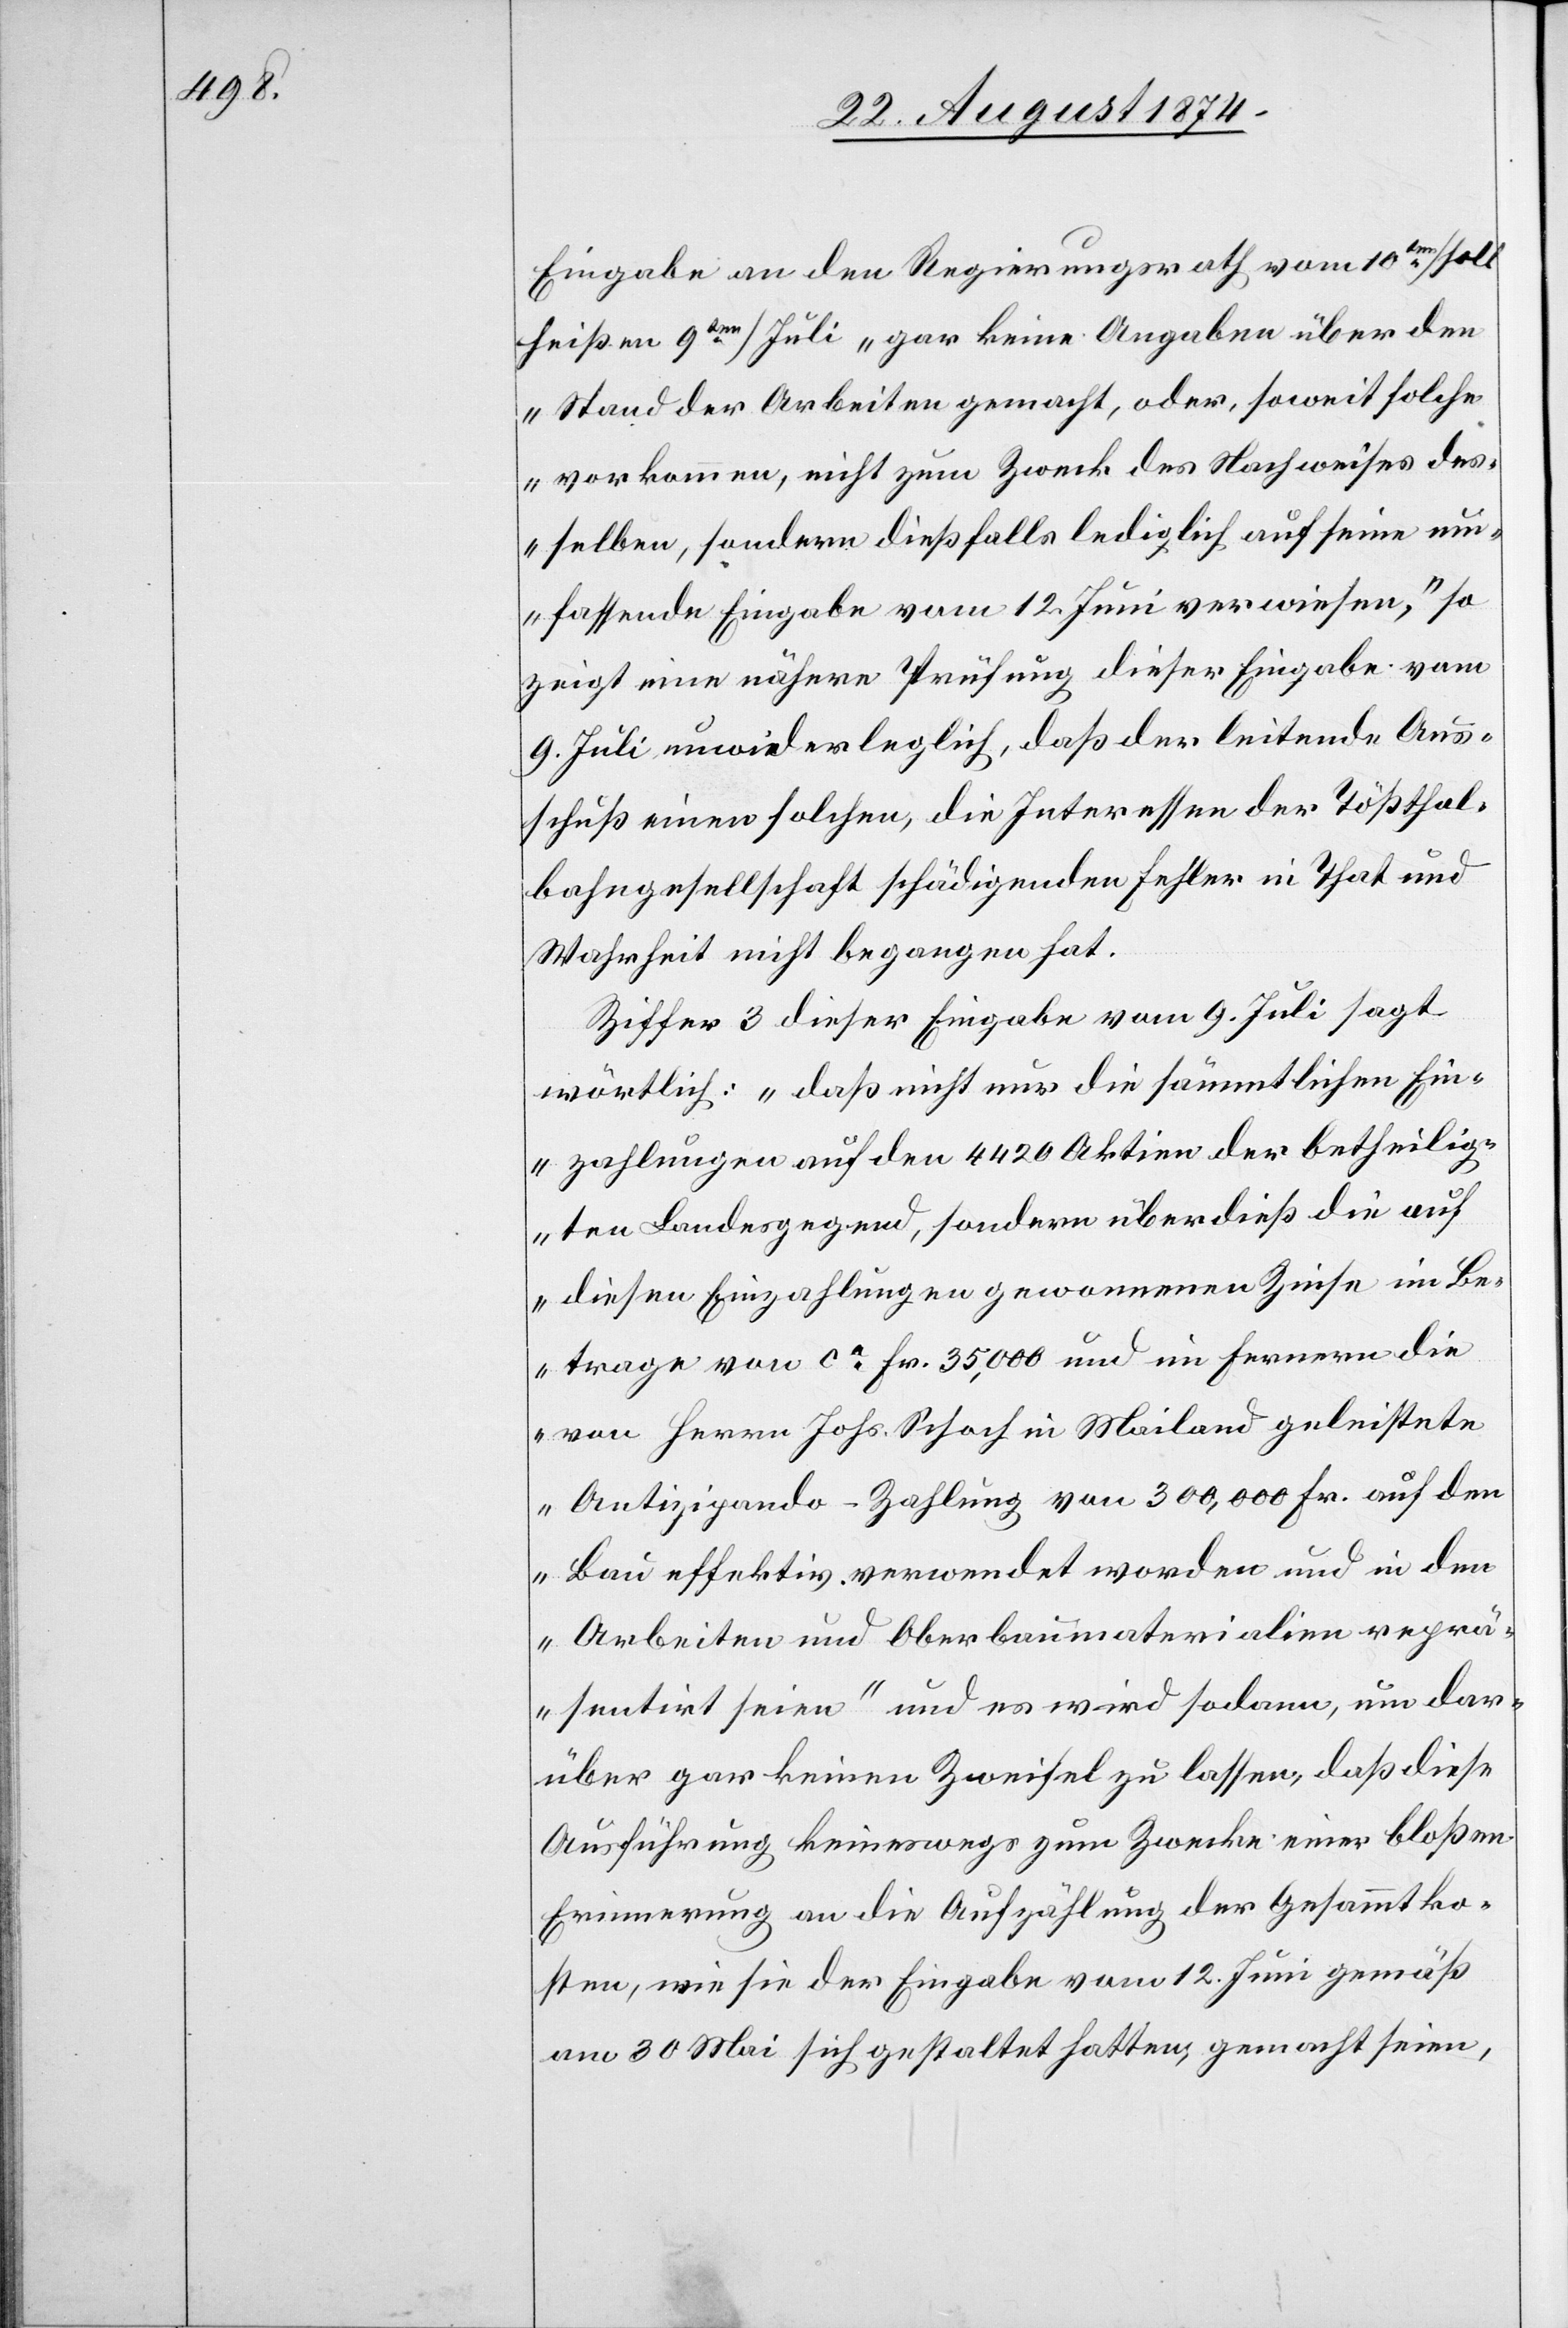
Eingabe an den Regierungsrath vom 10ten [soll
heißen 9ten] Juli „gar keine Angaben über den
Stand der Arbeiten gemacht, oder, soweit solche
vorkommen, nicht zum Zweck des Nachweises des¬
selben, sondern dießfalls lediglich auf seine um¬
fassende Eingabe vom 12. Juni verwiesen,“ so
zeigt eine nähere Prüfung dieser Eingabe vom
9. Juli unwiderleglich, daß der leitende Aus¬
schuß einen solchen, die Interessen der Tößthal¬
bahngesellschaft schädigenden Fehler in That und
Wahrheit nicht begangen hat.
Ziffer 3 dieser Eingabe vom 9. Juli sagt
wörtlich: „daß nicht nur die sämmtlichen Ein¬
zahlungen auf den 4420 Aktien der betheilig¬
ten Landesgegend, sondern überdieß die auf
diesen Einzahlungen gewonnenen Zinse im Be¬
trage von ca Fr. 35,000 und im Fernern die
von Herrn Johs. Schoch in Mailand geleistete
Antizipando-Zahlung von 300,000 Fr. auf den
Bau effektiv verwendet worden und in den
Arbeiten und Oberbaumaterialien reprä¬
sentirt seien“ und es wird sodann, um dar¬
über gar keinen Zweifel zu lassen, daß diese
Ausführung keineswegs zum Zwecke einer bloßen
Erinnerung an die Aufzählung der Gesammtko¬
sten, wie sie der Eingabe vom 12. Juni gemäß
am 30. Mai sich gestattet hatten, gemacht seien,